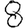
Digit: 8